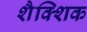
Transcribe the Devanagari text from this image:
शैक्शिक